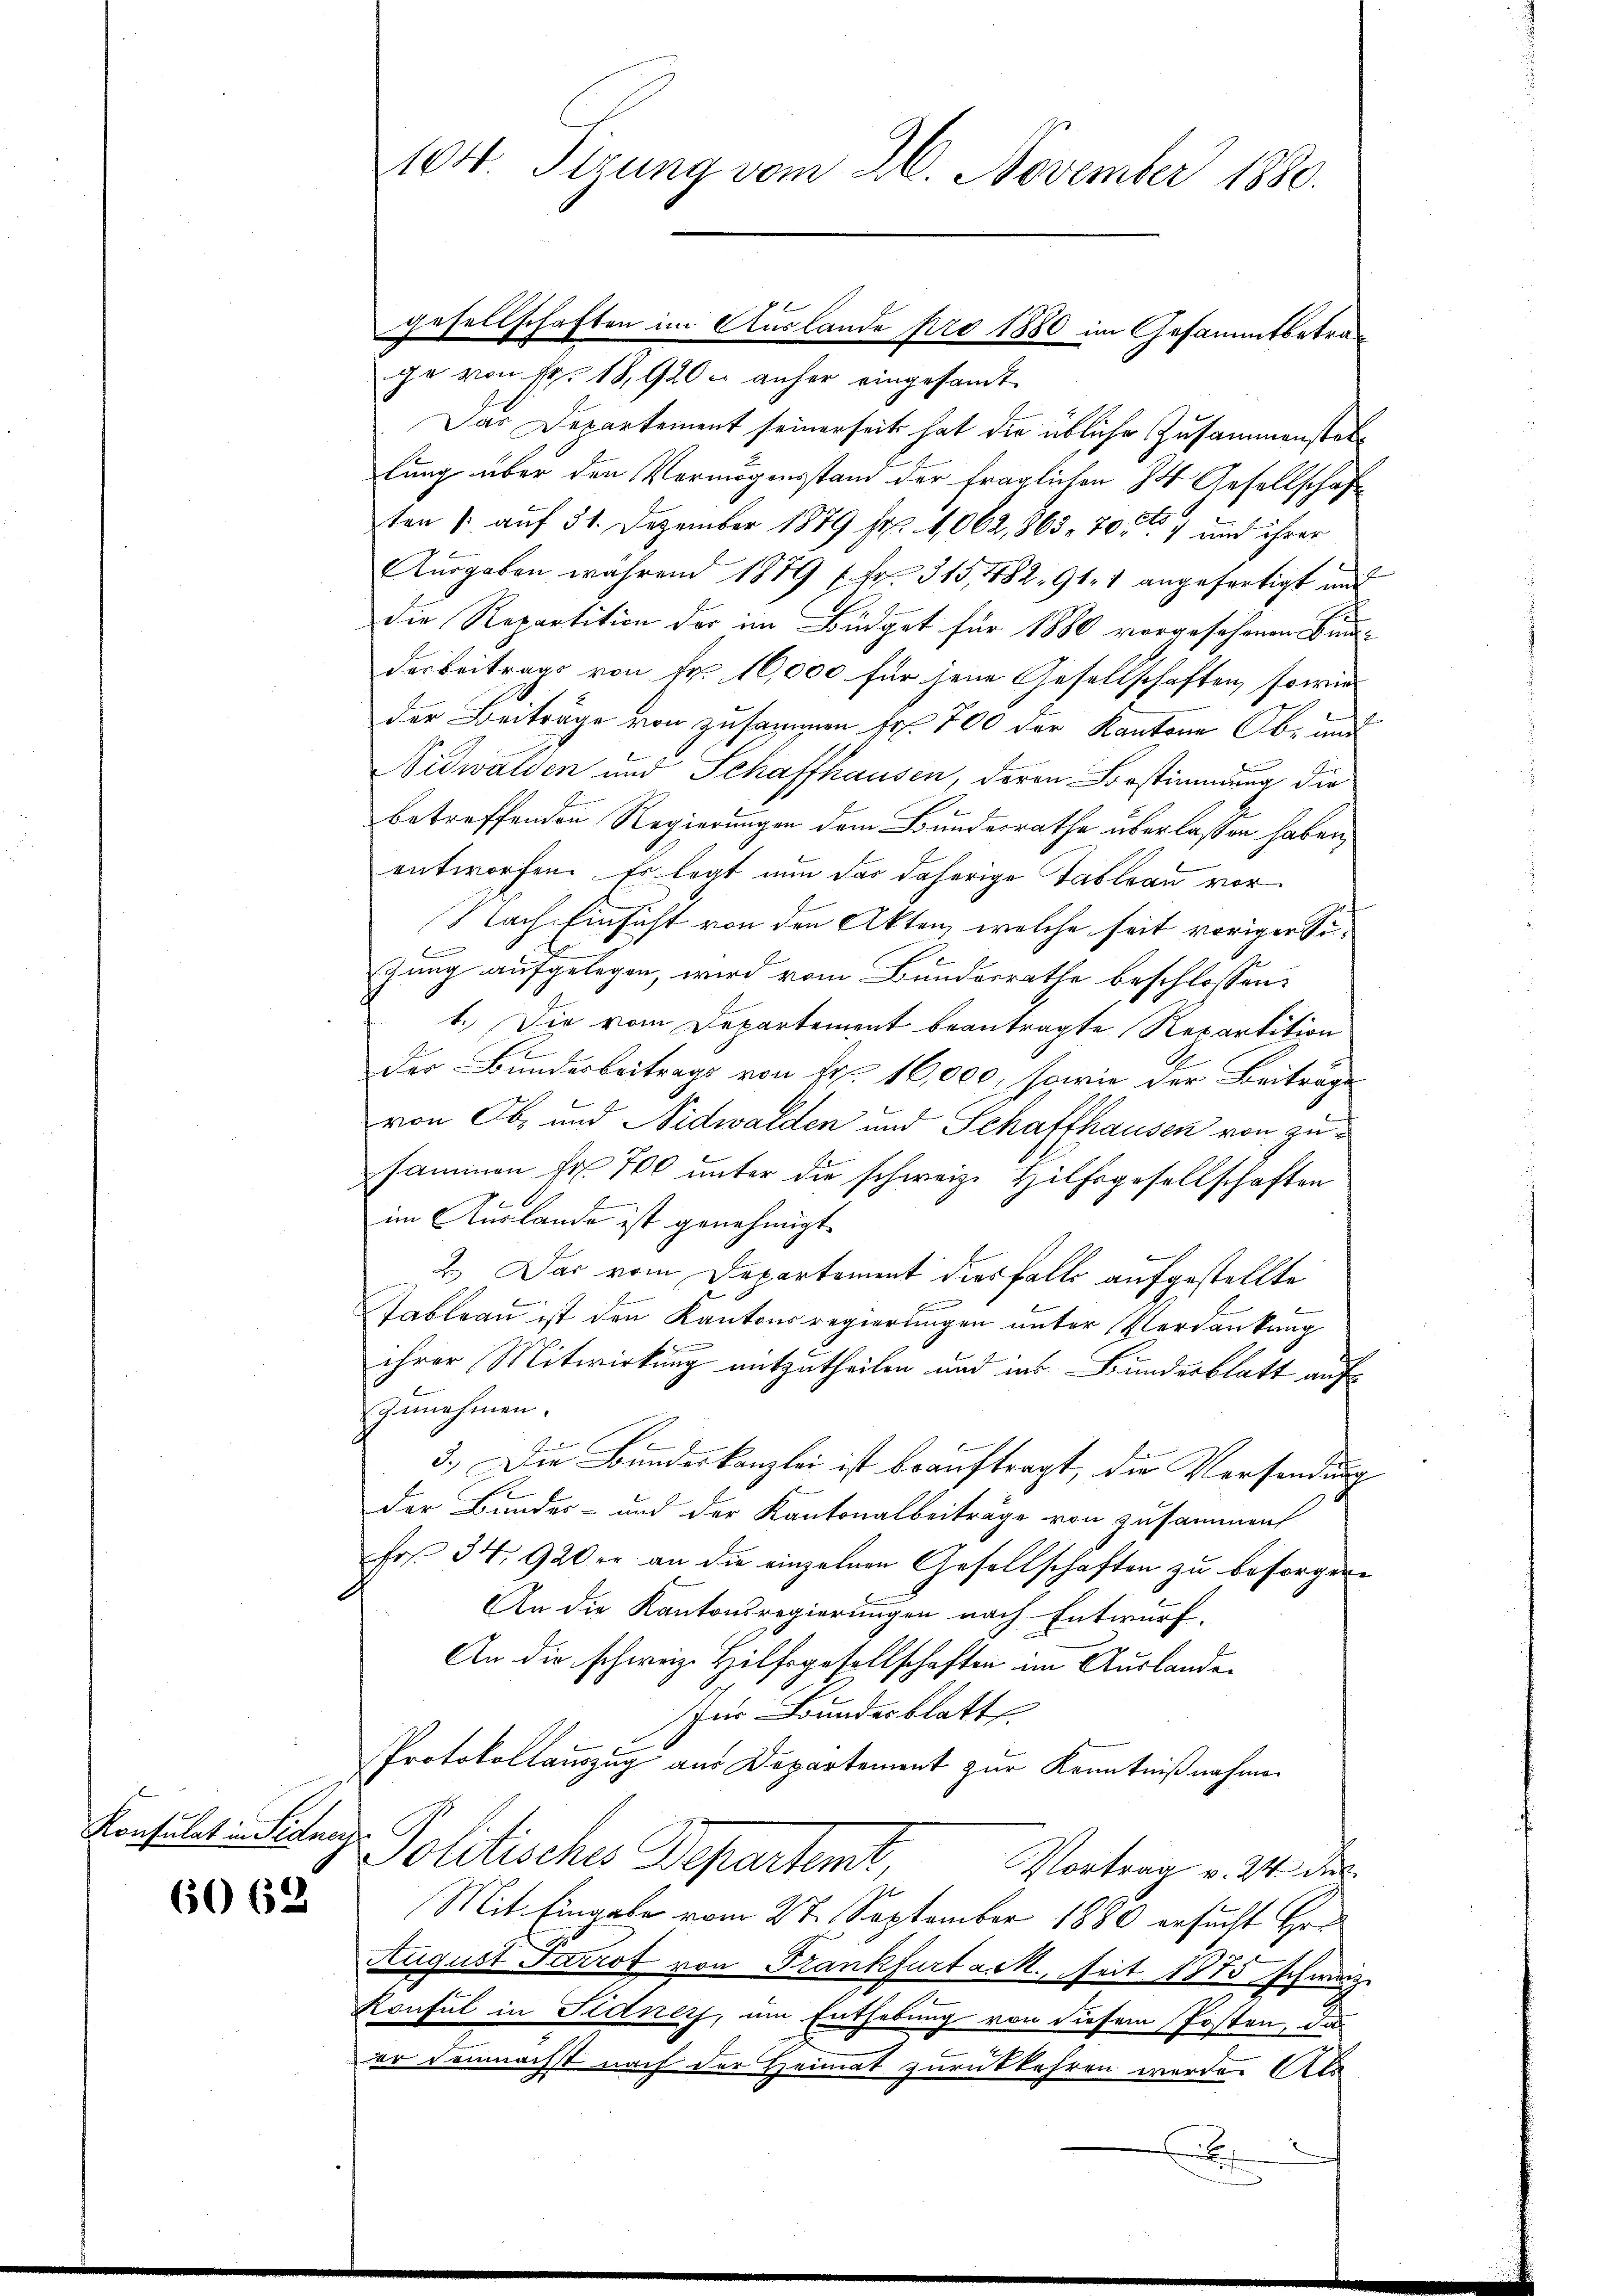
Konsulat in Sidney

6063

gesellschaften im Auslande pro 1880 im Gesammtbetrage von Fr. 18, 920 u. anher eingesandt.
Das Departement seinerseits hat die übliche Zusammenstellung über den Vermögensstand der fraglichen 4 Gesellschaft
ten /: auf 31. Dezember 1879 Fr. 1062, 865. 70) und ihrer
Aŭsgaben während 1879 Fr. 315,482. 911 angefertigt und
die Repartition der im Büdget für 1880 vorgesehenen Bind-
derbeitrags von Fr. 16,000 für jene Gesellschaften, sowie
der Beiträge von zusammen Fr. 700 der Kantone Ob- und
Nidwalden und Schaffhausen, deren Bestimmung die
betreffenden Regierungen dem Bundesrathe überlassen haben,
entworfen. Es legt nun das daherige Tableau vor
Nach Einsicht von den Akten, welche seit voriger Si¬

zung aufgelegen, wird vom Bundesrathe beschlossen:
1. Die vom Departement beantragte Repartition
Der Bunderbeitrags von Fr. 16,000, sowie der Beiträge
von Ob- und Nidwalden und Schaffhausen von zusammen Fr. 700 unter die schweiz. Hilfsgesellschaften
e
im Auslande ist genehmigt
2.) Das vom Departement diesfalls aufgestellte
Tableau ist den Kantonsregierungen unter Verdankung
2
ihrer Mitwirkung mitzutheilen und ins Bundesblatt auf
genehmen.
3.) Die Bundeskanzlei ist beauftragt, die Versendung
der Bundes- und der Kantonalbeiträge von zusammen,
Frs. 34. 920 er an die einzelnen Gesellschaften zu besorger¬
An die Kantonsregierungen nach Entwurf.
An die schweiz. Hilfsgesellschaften im Auslander
Zur Bundesblatt
Protokollauszug aus Departement zur Kenntnißnahmen
Politische Departent
Vortrag v. 24. dies
Mit Eingabe vom 27. September 1880 ersucht Hr
August Parrot von Frankfurt ack, seit 1875 schwaz
Konsul in Staners, um Enthebung von diesem Posten, da
er demnächst nach der Heimat zurückkehren werde. Als
x

104 Sirung vom 26. November 1880.